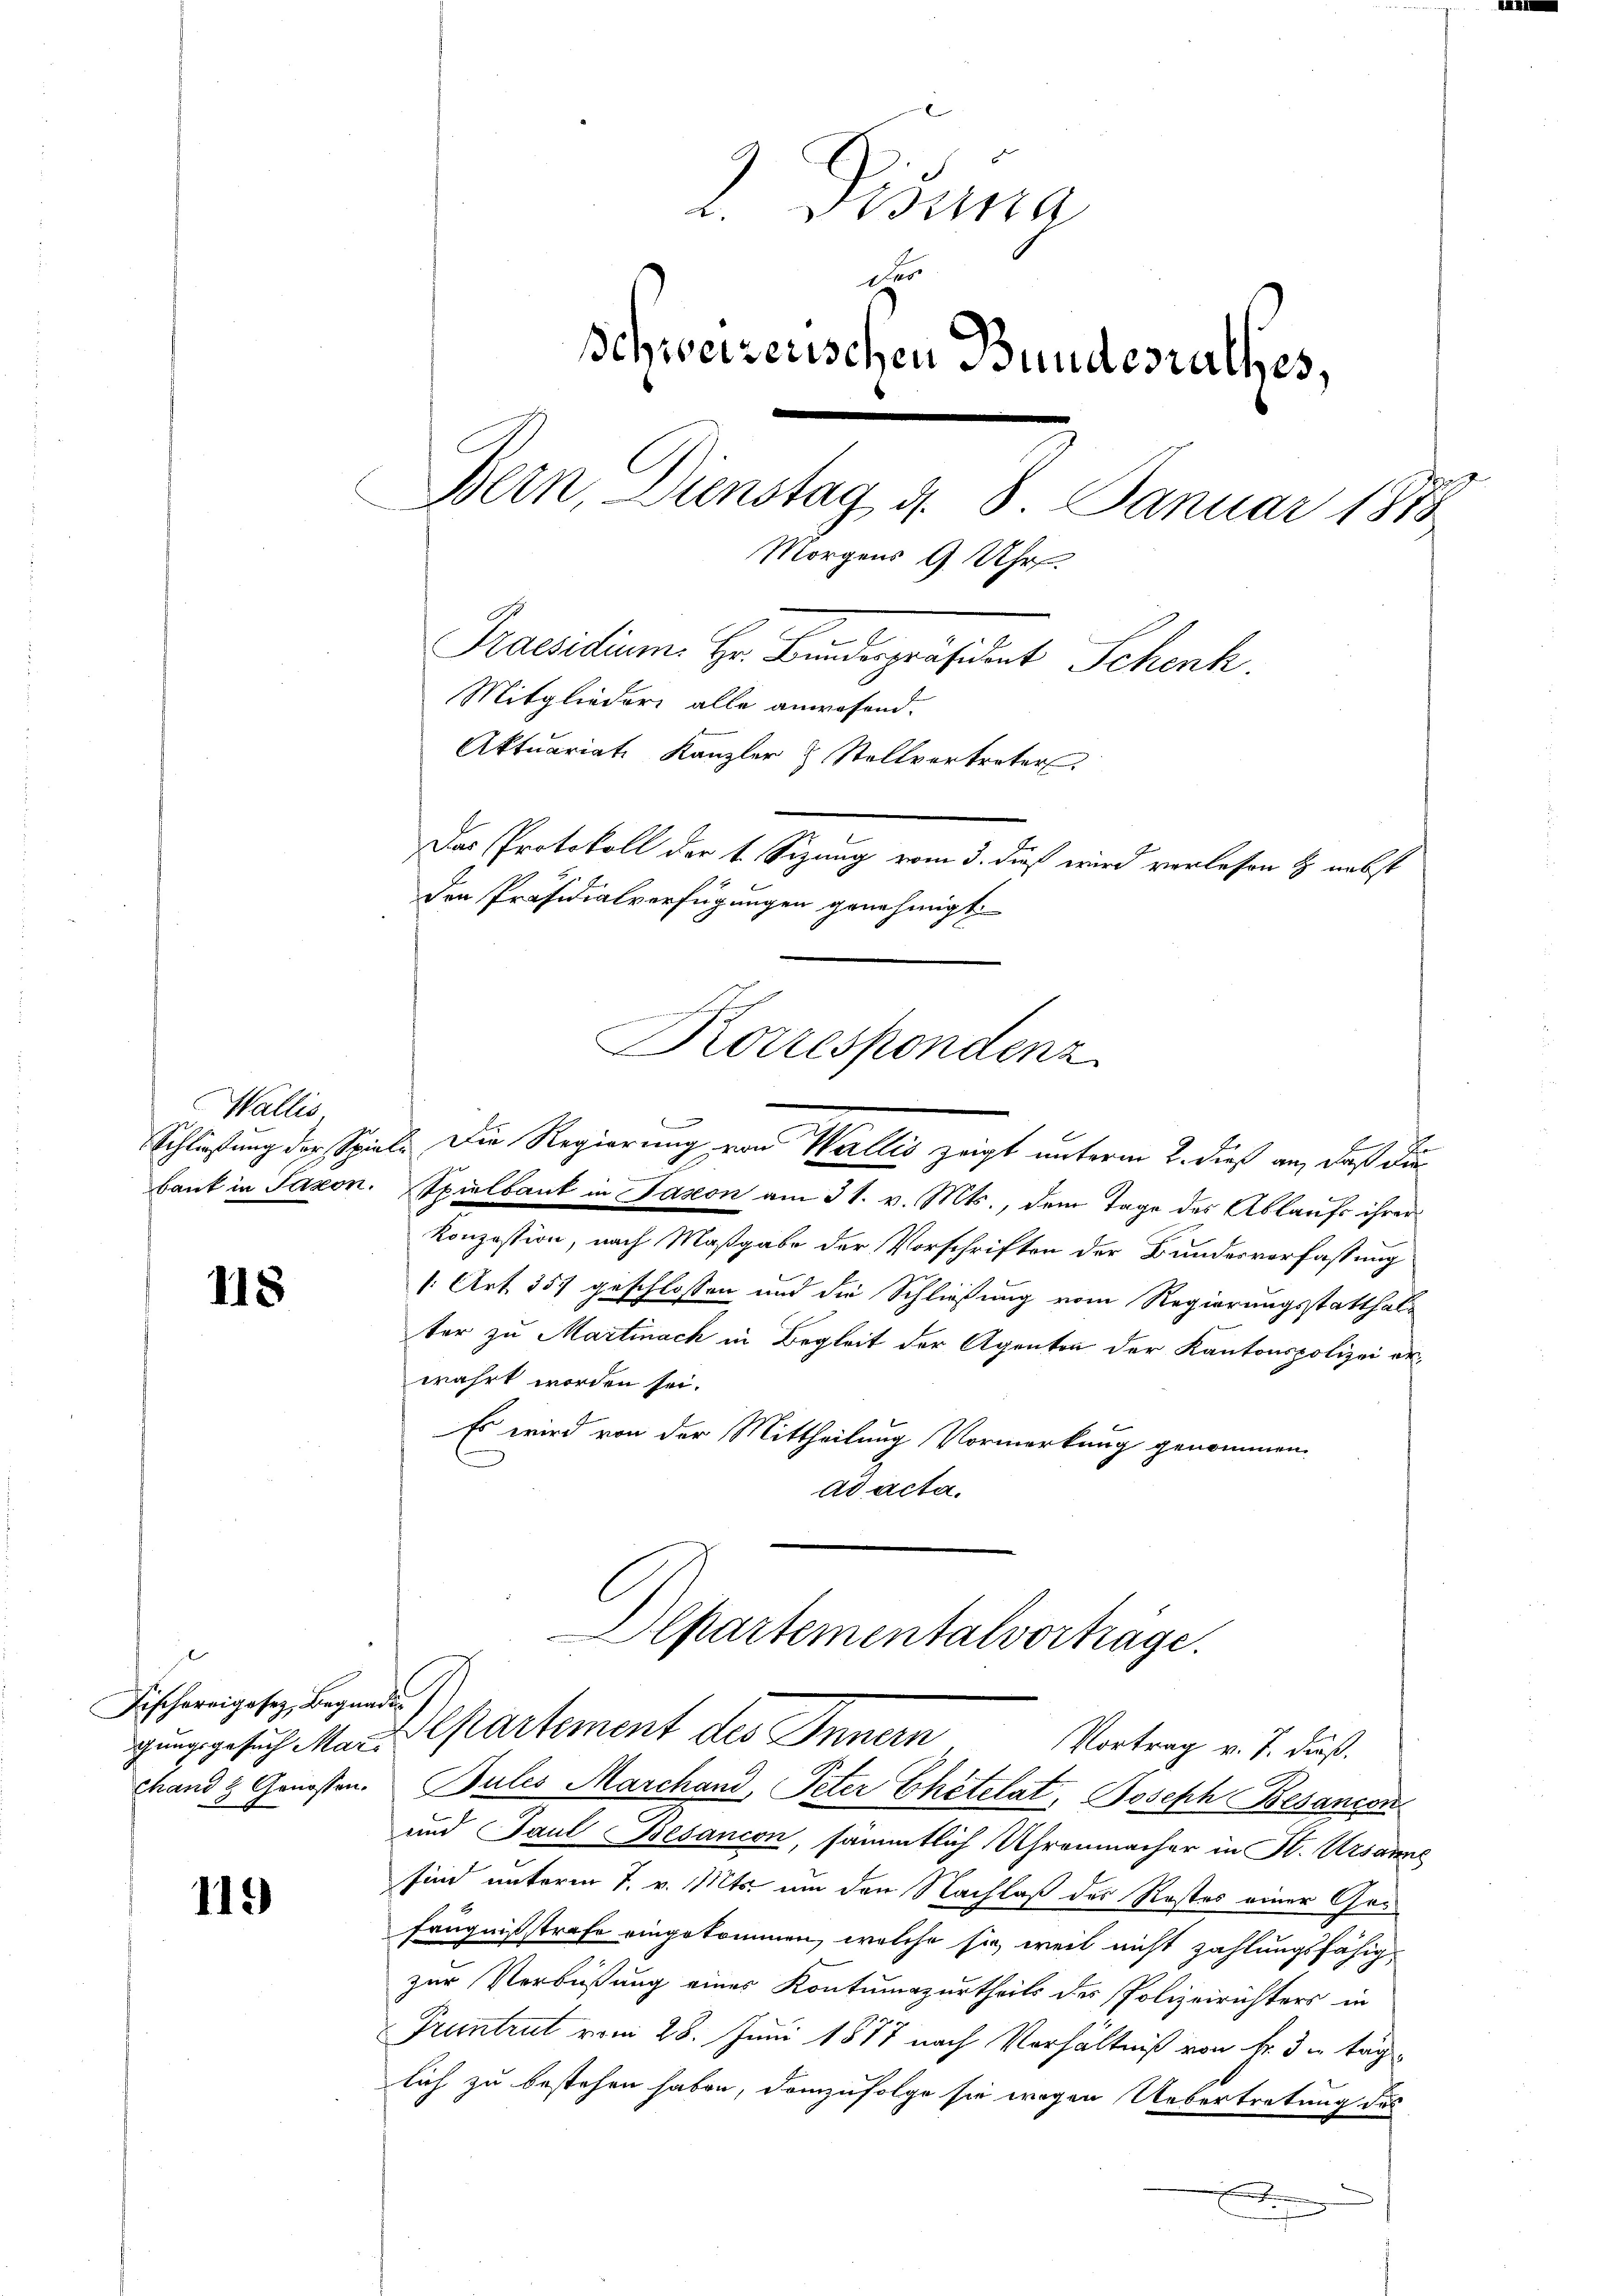
Wallis,

118

Fischereigesez Begnaden

119

2. Disena
des
schweizerischen Bundesrathes,
Bern, Dienstag d. 8. Januar 1883
Morgens 9 Uhr.
Praesidium. Hr. Bundespräsident Schenk.
Mitglieder alle anwesend.
Aktuariat Kanzler & Stellvertreter.
Das Protokoll der 4 Sizung vom 3. dieß wird verlesen & nebst
den Präsidialverfügungen genehmigt.
anwenden gemeinden
KKorrespondenz

Schließung der Spiel. Die Regierung von alles zeigt unterm 2. dieß an, daß die

baut in Saxon. Spielbaut in Jason am 31. v. Mts., dem Tage des Ablaufs ihrer
Konzession, nach Maßgabe der Vorschriften der Bundesverfassung
1 Art. 357 geschlossen und die Schließung vom Regierungsstatthalter zu Martinach in Begleit der Agenten der Kantonspolizei erwahrt worden sei.
Es wird von der Mittheilung Vormerkung genommen.
ad acta.

Departementalvorträge.
gung gesuch Mar. Spartement des Innern
Vortrag v. J. daß.

chand & Genossen. Julis Marchand, Peter Ehetelat, Joseph Besanion
und Paul Besancon, sämmtlich Uhrenmacher in St. Ursanne
sind unterm 7. v. Mts. um den Nachlaß der Rostes einer Gefängnißstrafe eingekommen, welche sie, weil nicht zahlungsfähig
zur Verbüßung eines Kontumazurtheils des Polizeirichters in
Pruntrut vom 28. Juni 1877 nach Verhältniß von Fr. 3 u täglich zu bestehen haben, demzufolge sie wegen Uebertretung des
e